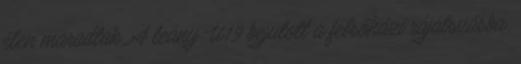
élen maradtak. A leány U19 bejutott a felsőházi rájátszásba.